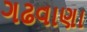
ગઢવાણા